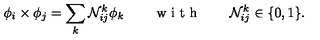
\phi _ { i } \times \phi _ { j } = \sum _ { k } { \cal N } _ { i j } ^ { k } \phi _ { k } \qquad \textrm { w i t h } \qquad { \cal N } _ { i j } ^ { k } \in \{ 0 , 1 \} .